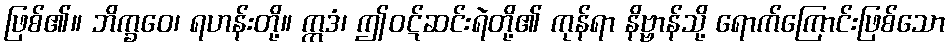
ဖြစ်၏။ ဘိက္ခဝေ၊ ရဟန်းတို့။ ဣဒံ၊ ဤဝဋ်ဆင်းရဲတို့၏ ကုန်ရာ နိဗ္ဗာန်သို့ ရောက်ကြောင်းဖြစ်သော